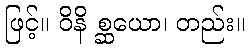
ဖြင့်။ ဝိနိ စ္ဆယော၊ တည်း။